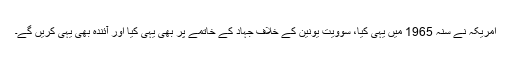
امریکہ نے سنہ 1965 میں یہی کیا، سوویت یونین کے خلاف جہاد کے خاتمے پر بھی یہی کیا اور آئندہ بھی یہی کریں گے۔